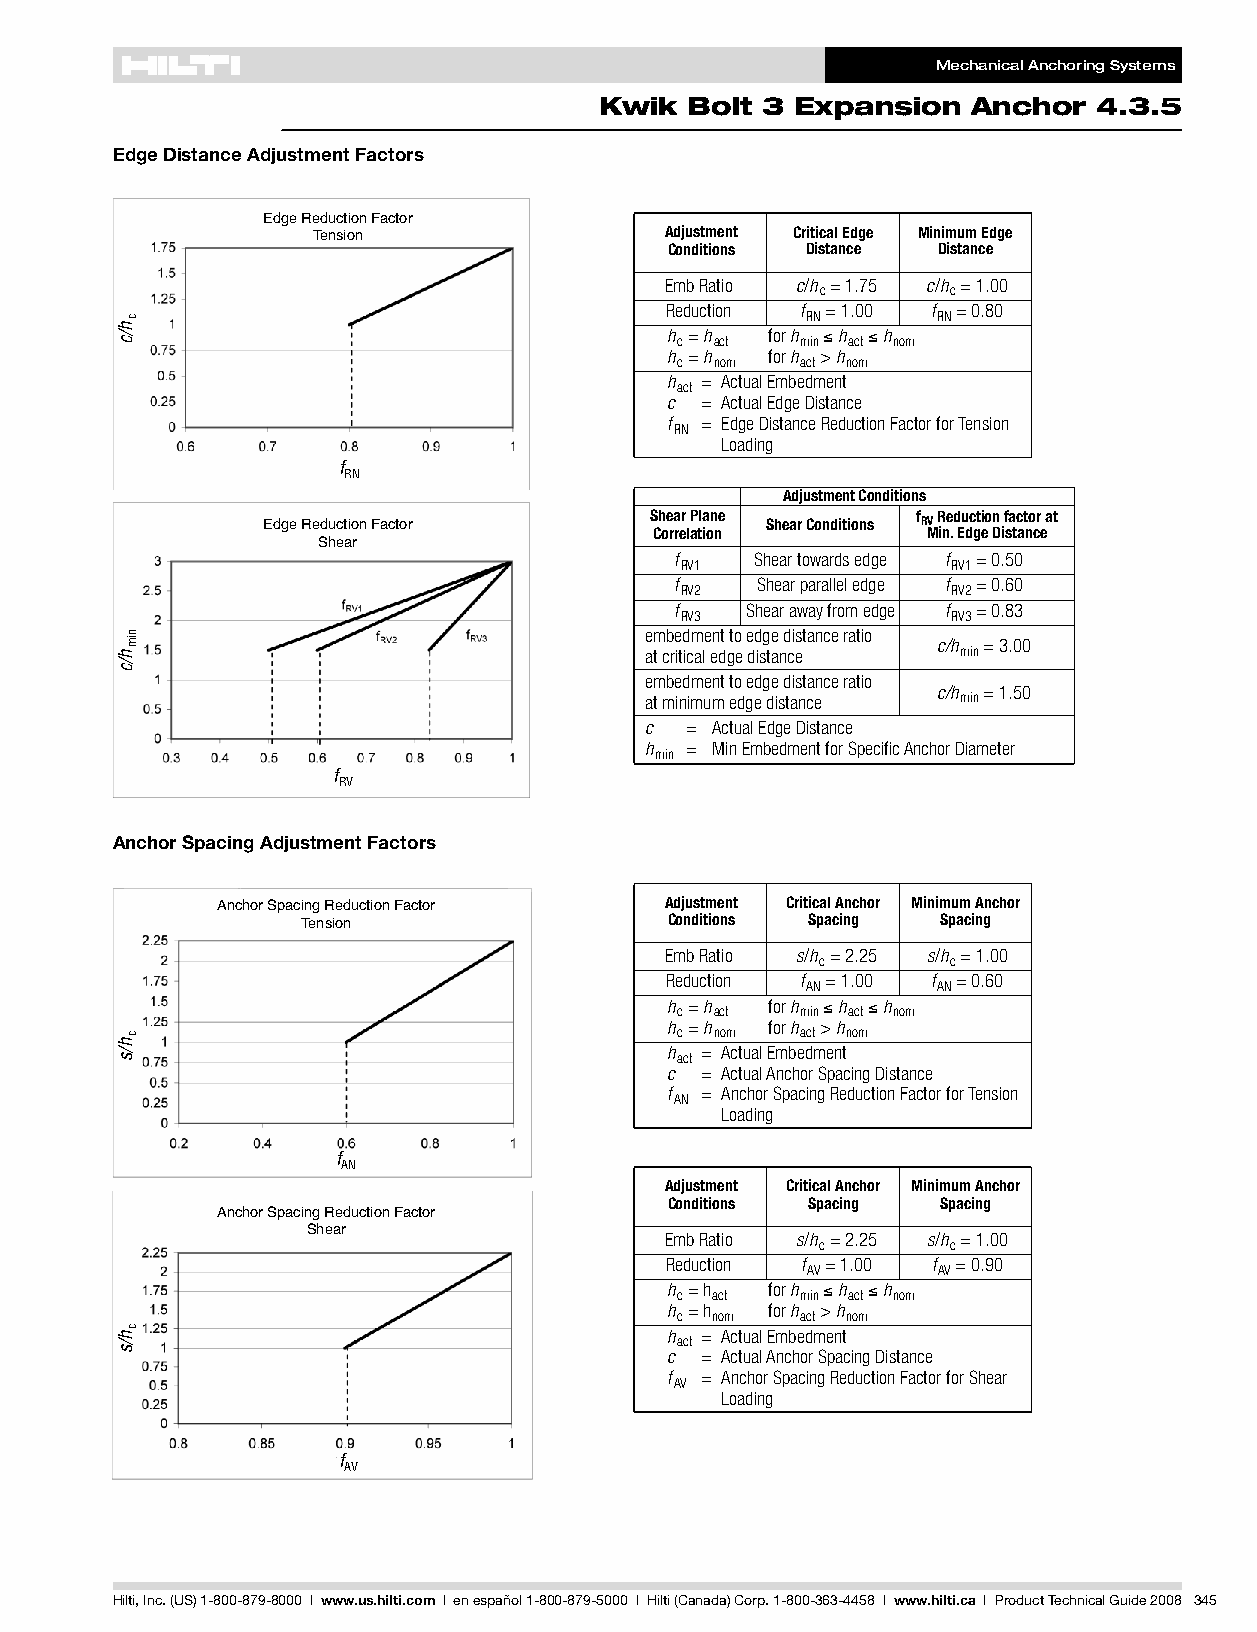
MechanicalAnchoringSystems
 Kwik  Bolt 3 Expansion  Anchor   4.3.5
 EdgeDistanceAdjustmentFactors
 EdgeReductionFactor        Adjustment CriticalEdge MinimumEdge
 Tension                Conditions Distance Distance
 EmbRatio c/h =1.75 c/h =1.00
 c        c
 Reduction f =1.00 f =0.80
 RN       RN
 h =h   forh h h
 c act   min≤ act≤ nom
 h =h   forh >h
 c nom   act nom
 h = ActualEmbedment
 act
 c = ActualEdgeDistance
 f = EdgeDistanceReductionFactorforTension
 RN
 Loading
 f
 RN
 AdjustmentConditions
 ShearPlane        f Reductionfactorat
 ShearConditions RV
 EdgeReductionFactor       Correlation       Min.EdgeDistance
 Shear                   f    Sheartowardsedge f =0.50
 RV1               RV1
 f    Shearparalleledge f =0.60
 RV2               RV2
 f   Shearawayfromedge f =0.83
 RV3               RV3
 embedmenttoedgedistanceratio
 c/h =3.00
 atcriticaledgedistance min
 embedmenttoedgedistanceratio
 c/h =1.50
 atminimumedgedistance min
 c = ActualEdgeDistance
 h = MinEmbedmentforSpecificAnchorDiameter
 min
 f
 RV
 AnchorSpacingAdjustmentFactors
 Adjustment CriticalAnchor MinimumAnchor
 AnchorSpacingReductionFactor  Conditions Spacing Spacing
 Tension
 EmbRatio s/h =2.25 s/h =1.00
 c        c
 Reduction f =1.00 f =0.60
 AN       AN
 h =h   forh h h
 c act   min≤ act≤ nom
 h =h   forh >h
 c nom   act nom
 h = ActualEmbedment
 act
 c = ActualAnchorSpacingDistance
 f = AnchorSpacingReductionFactorforTension
 AN
 Loading
 f
 AN
 Adjustment CriticalAnchor MinimumAnchor
 Conditions Spacing Spacing
 AnchorSpacingReductionFactor
 Shear                   EmbRatio s/h c=2.25 s/h c=1.00
 Reduction f =1.00 f =0.90
 AV       AV
 h =h   forh h h
 c act   min≤ act≤ nom
 h =h   forh >h
 c nom   act nom
 h = ActualEmbedment act
 c = ActualAnchorSpacingDistance
 f = AnchorSpacingReductionFactorforShear
 AV
 Loading
 f
 AV
 Hilti,Inc.(US)1-800-879-8000 | www.us.hilti.com I enespañol1-800-879-5000 I Hilti(Canada)Corp.1-800-363-4458 I www.hilti.ca I ProductTechnicalGuide2008 345
 h/c
 h/c
 h/s
 h/s
 c
 nim
 c
 c